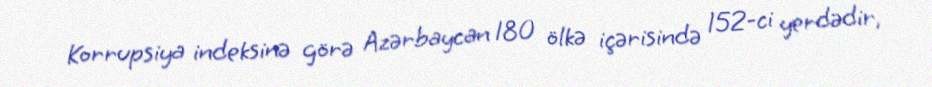
Korrupsiya indeksinə görə Azərbaycan 180 ölkə içərisində 152-ci yerdədir,